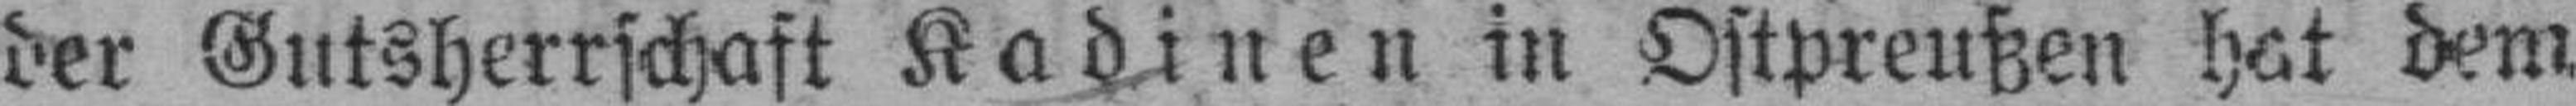
der Gutsherrschaft Kadinen in Ostpreußen hat dem